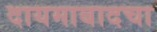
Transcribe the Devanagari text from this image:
दायमाबादचा